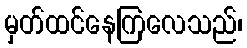
မှတ်ထင်နေကြလေသည်၊